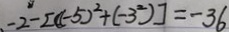
- 2 - [ ( - 5 ) ^ { 2 } + ( - 3 ^ { 2 } ) ] = - 3 6